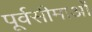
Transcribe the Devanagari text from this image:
पूर्वसीमाओं